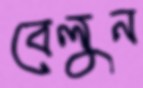
বেলুন